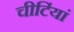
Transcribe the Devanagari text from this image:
चीटिंयां